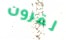
لقرون